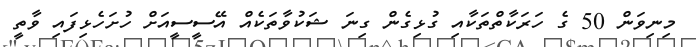
މިނިވަން 50 ގެ ހަރަކާތްތަކާއި ގުޅިގެން ގިނަ ޝަކުވާތަކެއް އޭސީސީއަށް ހުށަހެޅިފައި ވާތީ